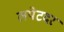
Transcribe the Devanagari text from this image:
लपेटदर